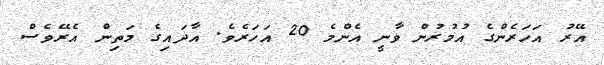
އޭރު އަހަރެންގެ އުމުރުން ވާނީ އެންމެ 20 އަހަރެވެ. އާދައިގެ މަތިން އެރޭވެސް